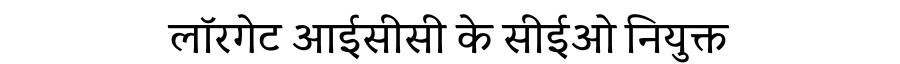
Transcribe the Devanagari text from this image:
लॉरगेट आईसीसी के सीईओ नियुक्त